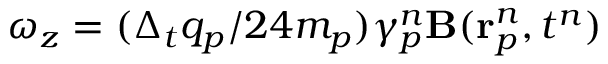
\omega _ { z } = ( \Delta _ { t } q _ { p } / 2 4 m _ { p } ) \gamma _ { p } ^ { n } \mathbf { B } ( \mathbf { r } _ { p } ^ { n } , t ^ { n } )